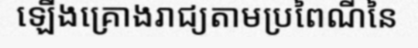
ឡើងគ្រោងរាជ្យតាមប្រពៃណីនៃ